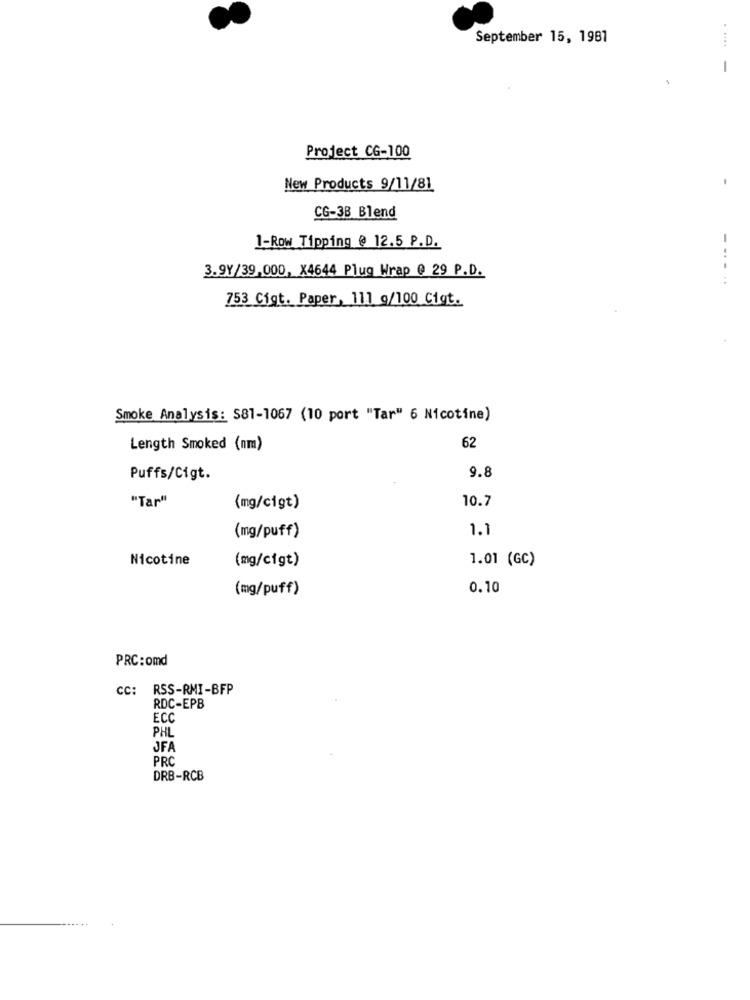
September 15, 1987
.....
-
Project CG-100
New Products 9/11/81
CG-3B Blend
1-Row Tipping @ 12.5 P.D.
3.9Y/39,000, X4644 Plug Wrap @ 29 P.D.
753 Cigt. Paper, 111 g/100 Cigt.
Smoke Analysis: S81-1067 (10 port "Tar" 6 Nicotine)
62
Length Smoked (nm)
9.8
Puffs/Cigt.
"Tar"
10.7
(mg/cigt)
1.1
(mg/puff)
Nicotine
(mg/cigt)
1.01 (GC)
(mg/puff)
0.10
PRC:omd
cc: RSS-RMI-BFP
RDC-EPB
ECC
PHL
JFA
PRC
DRB-RCB